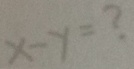
x - y = ?